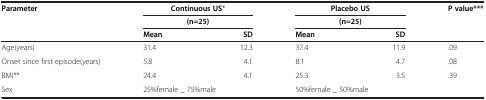
| <ROWSPAN=3> Parameter | <COLSPAN=2> Continuous US* | <COLSPAN=2> Placebo US | <ROWSPAN=3> P value*** |
 | <COLSPAN=2> (n=25) | <COLSPAN=2> (n=25) |
 | Mean | SD | Mean | SD |
 | --- | --- | --- | --- | --- | --- |
 | Age(years) | 31.4 | 12.3 | 37.4 | 11.9 | .09 |
 | Onset since first episode(years) | 5.8 | 4.1 | 8.1 | 4.7 | .08 |
 | BMI** | 24.4 | 4.1 | 25.3 | 3.5 | .39 |
 | Sex | <COLSPAN=2> 25%female _ 75%male | <COLSPAN=2> 50%female _ 50%male |  |